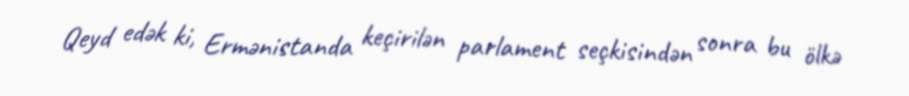
Qeyd edək ki, Ermənistanda keçirilən parlament seçkisindən sonra bu ölkə